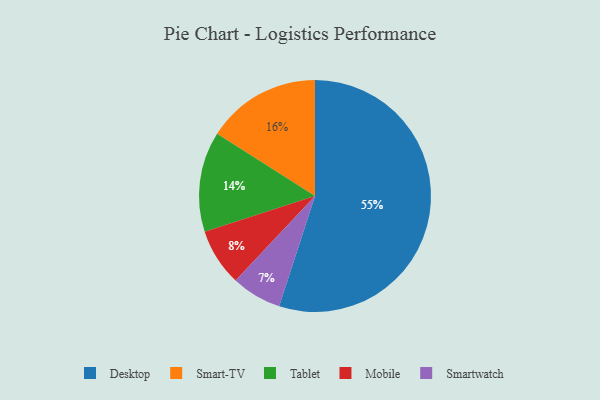
{"axis": {"x": "Category", "y": "Percentage"}, "legend": ["Desktop", "Mobile", "Smart-TV", "Smartwatch", "Tablet"], "data": [{"x": "Desktop", "y": 55, "type": "Desktop"}, {"x": "Smartwatch", "y": 7, "type": "Smartwatch"}, {"x": "Smart-TV", "y": 16, "type": "Smart-TV"}, {"x": "Mobile", "y": 8, "type": "Mobile"}, {"x": "Tablet", "y": 14, "type": "Tablet"}]}